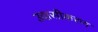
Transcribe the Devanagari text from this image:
उदासीकरण